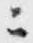
ニ